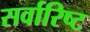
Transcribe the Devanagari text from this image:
सर्वारिष्ट